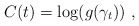
\begin{align*}C(t)=\log(g(\gamma_t))~,\end{align*}